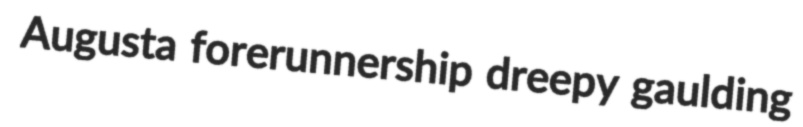
Augusta forerunnership dreepy gaulding